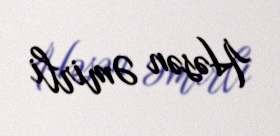
Həsən Əmirli